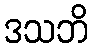
ဒသဘိ